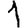
Digit: 1